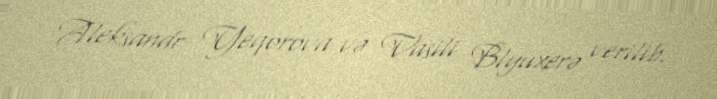
Aleksandr Yeqorova və Vasili Blyuxerə verilib.